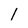
Character: 1